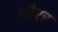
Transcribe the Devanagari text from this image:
लौएर